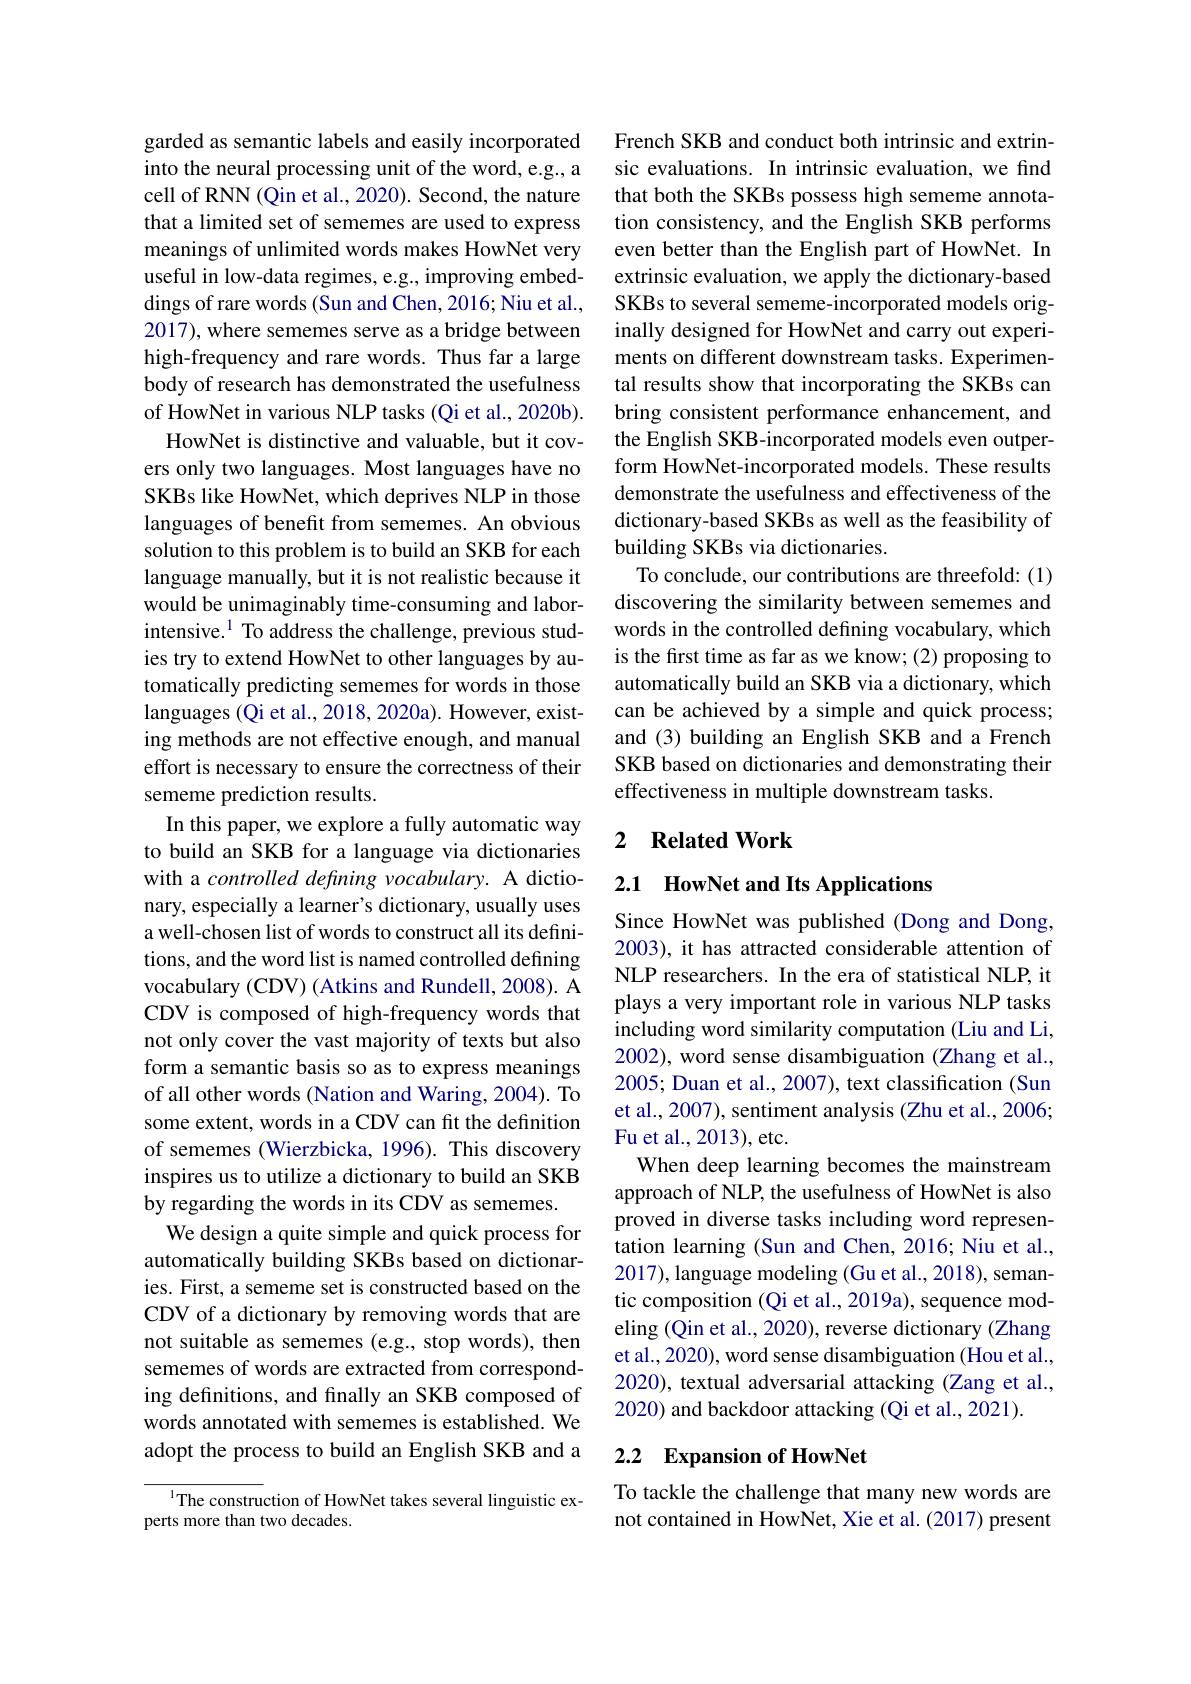
garded as semantic labels and easily incorporated into the neural processing unit of the word, e.g., a cell of RNN(Qin et al., 2020). Second, the nature that a limited set of sememes are used to express meanings of unlimited words makes HowNet very useful in low-data regimes, e.g., improving embeddings of rare words (Sun and Chen, 2016; Niu et al., 2017), where sememes serve as a bridge between high-frequency and rare words. Thus far a large body of research has demonstrated the usefulness of HowNet in various NLP tasks (Qi et al., 2020b).
HowNet is distinctive and valuable, but it covers only two languages. Most languages have no SKBs like HowNet, which deprives NLP in those languages of benefit from sememes. An obvious solution to this problem is to build an SKB for each language manually, but it is not realistic because it would be unimaginably time-consuming and laborintensive.$^{1}$ To address the challenge, previous studies try to extend HowNet to other languages by automatically predicting sememes for words in those languages (Qi et al., 2018, 2020a). However, existing methods are not effective enough, and manual effort is necessary to ensure the correctness of their sememe prediction results.
In this paper, we explore a fully automatic way to build an SKB for a language via dictionaries with a controlled defining vocabulary. A dictionary, especially a learner's dictionary, usually uses a well-chosen list of words to construct all its definitions, and the word list is named controlled defining vocabulary (CDV) (Atkins and Rundell, 2008). A CDV is composed of high-frequency words that not only cover the vast majority of texts but also form a semantic basis so as to express meanings of all other words (Nation and Waring, 2004). To some extent, words in a CDV can fit the definition of sememes (Wierzbicka, 1996). This discovery inspires us to utilize a dictionary to build an SKB by regarding the words in its CDV as sememes.
We design a quite simple and quick process for automatically building SKBs based on dictionaries. First, a sememe set is constructed based on the CDV of a dictionary by removing words that are not suitable as sememes (e.g., stop words), then sememes of words are extracted from corresponding definitions, and finally an SKB composed of words annotated with sememes is established. We adopt the process to build an English SKB and a

The construction of HowNet takes several linguistic ex-
perts more than two decades.

French SKB and conduct both intrinsic and extrinsic evaluations. In intrinsic evaluation, we find that both the SKBs possess high sememe annotation consistency, and the English SKB performs even better than the English part of HowNet. In extrinsic evaluation, we apply the dictionary-based SKBs to several sememe-incorporated models originally designed for HowNet and carry out experiments on different downstream tasks. Experimental results show that incorporating the SKBs can bring consistent performance enhancement, and the English SKB-incorporated models even outperform HowNet-incorporated models. These results demonstrate the usefulness and effectiveness of the dictionary-based SKBs as well as the feasibility of building SKBs via dictionaries.
To conclude, our contributions are threefold: (1) discovering the similarity between sememes and words in the controlled defining vocabulary, which is the first time as far as we know; (2) proposing to automatically build an SKB via a dictionary, which can be achieved by a simple and quick process; and (3) building an English SKB and a French SKB based on dictionaries and demonstrating their effectiveness in multiple downstream tasks.

### 2 $\textbf{Related Work}$

## 2.1 HowNet and Its Applications

Since HowNet was published (Dong and Dong, 2003), it has attracted considerable attention of NLP researchers. In the era of statistical NLP, it plays a very important role in various NLP tasks including word similarity computation (Liu and Li, 2002), word sense disambiguation (Zhang et al., 2005; Duan et al., 2007), text classification (Sun et al., 2007), sentiment analysis (Zhu et al., 2006; Fu et al., 2013), etc.
When deep learning becomes the mainstream approach of NLP, the usefulness of HowNet is also proved in diverse tasks including word representation learning (Sun and Chen, 2016; Niu et al., 2017), language modeling (Gu et al., 2018), semantic composition (Qi et al., 2019a), sequence modeling (Qin et al., 2020), reverse dictionary (Zhang et al., 2020), word sense disambiguation (Hou et al., 2020), textual adversarial attacking (Zang et al., 2020) and backdoor attacking (Qi et al., 2021).

## 2.2 Expansion of HowNet

To tackle the challenge that many new words are not contained in HowNet, Xie et al. (2017) present